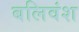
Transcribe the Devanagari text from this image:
बलिवंश